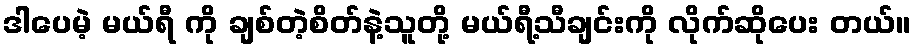
ဒါပေမဲ့ မယ်ရီ ကို ချစ်တဲ့စိတ်နဲ့သူတို့ မယ်ရီ့သီချင်းကို လိုက်ဆိုပေး တယ်။